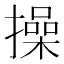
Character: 操